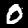
Label: 0